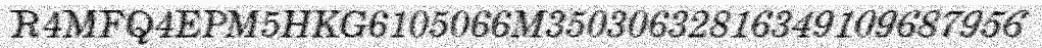
R4MFQ4EPM5HKG6105066M35030632816349109687956